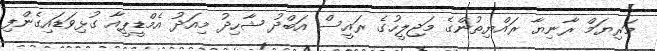
މަރިޔަމް ރާނިޔާ ރައްޔިތުންގެ މަޖިލީހުގެ ރައީސް އަބްދު ޝާހިދު މިއަދު އެމްޑީޕީއާ ގުޅިވަޑައިގެންފި